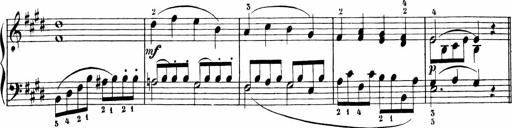
Title: Sonatinen Op.47, 98 und 136, nebst 6 Liedersonatinen
Composer: Carl Reinecke